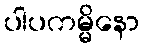
ပါပကမ္မိနော